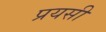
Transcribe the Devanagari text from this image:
प्रयसी